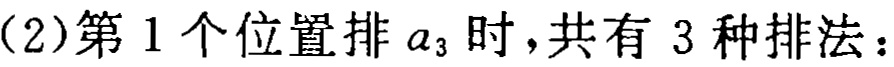
（2）第1个位置排\(a_{3}\)时，共有3种排法：